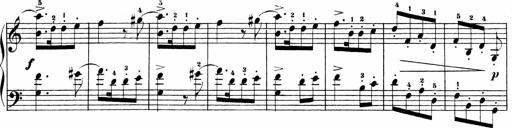
Title: Sonatinen Op.47, 98 und 136, nebst 6 Liedersonatinen
Composer: Carl Reinecke